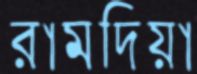
রামদিয়া